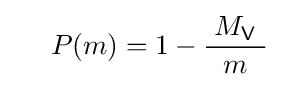
\quad \ P(m)=1-{\frac {\;M_{\mathsf {V}}\ }{m}}\